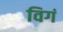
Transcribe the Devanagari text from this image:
विगं